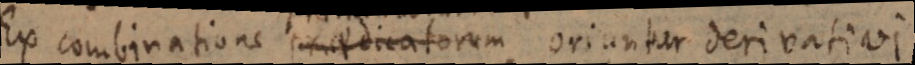
Ex combinatione praedicatorum oriuntur derivativ